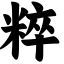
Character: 粹